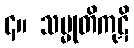
၄။ သမ္မုတိကုဋိ